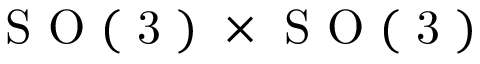
\mathrm { ~ S ~ O ~ ( ~ 3 ~ ) ~ } \times \mathrm { ~ S ~ O ~ ( ~ 3 ~ ) ~ }